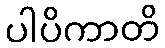
ပါပိကာတိ